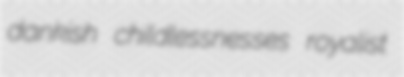
dankish childlessnesses royalist